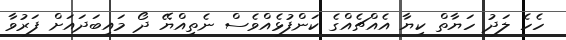
ހެހެ ލަދު ހަޔާތް ކިޔާ އެއްޗެއްގެ ކަންފުޅެއްވެސް ނެތިއްޔޭ ދޯ މައިބަދައަށް ފަރުވާ